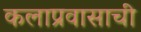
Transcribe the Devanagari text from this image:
कलाप्रवासाची